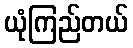
ယုံကြည်တယ်